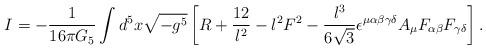
LaTeX: \begin{align*}I=-{1\over 16 \pi G_5}\int d^5x\sqrt{-g^5}\left[ R+{12\over l^2} -{l^2}F^2-{l^3\over 6\sqrt{3}}\epsilon^{\mu\alpha\beta\gamma\delta}A_\mu F_{\alpha\beta}F_{\gamma\delta} \right].\end{align*}